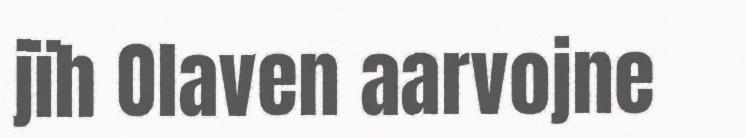
jïh Olaven aarvojne